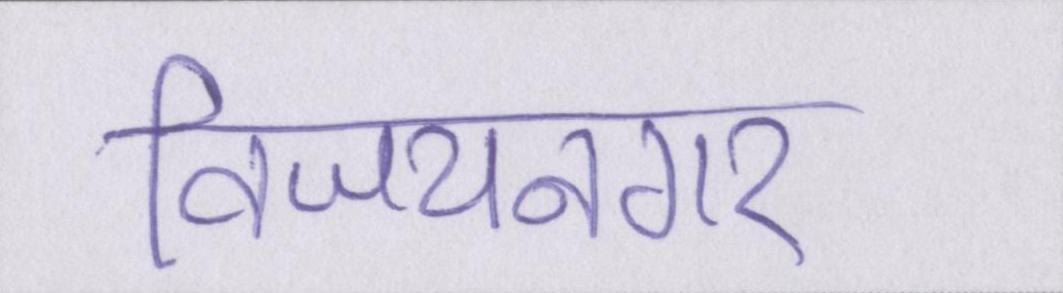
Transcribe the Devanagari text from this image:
विजयनगर